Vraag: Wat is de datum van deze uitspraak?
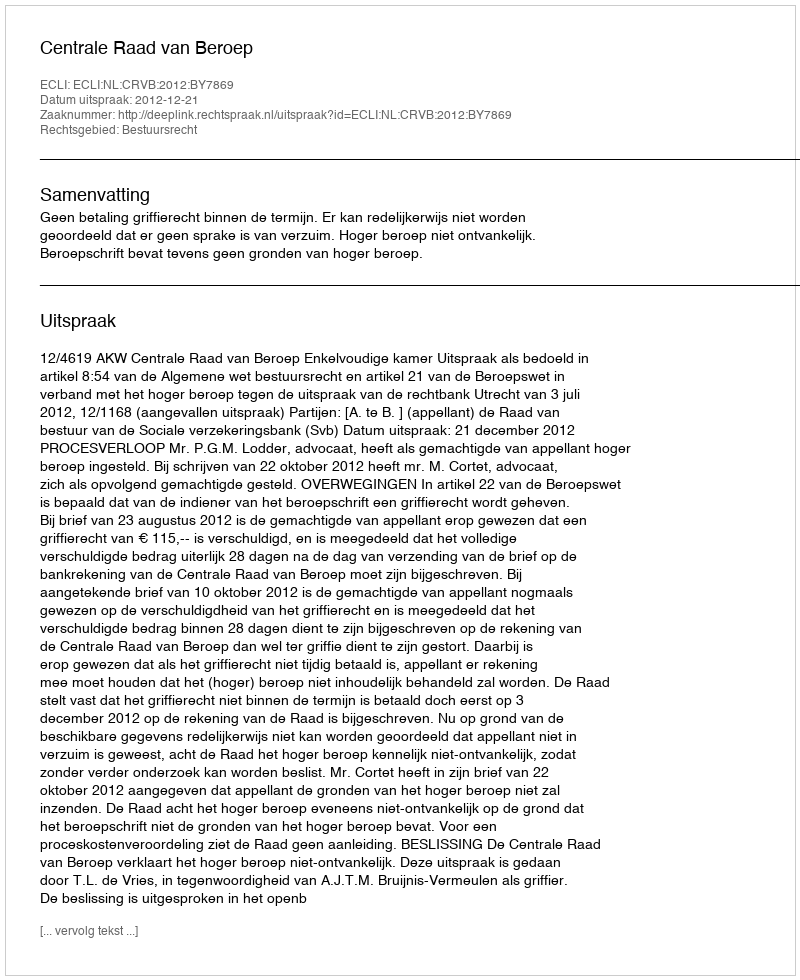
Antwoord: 2012-12-21